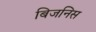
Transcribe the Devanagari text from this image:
बिजनिस